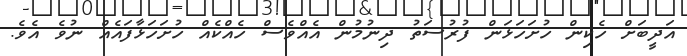
އަދީބަށް ހެކިން ހުށަހަޅަން ފުރުސަތު ދިނުމުން އެއްވެސް ހެއްކެއް ހުށަހަޅާފައެއް ނުވެ އެވެ.